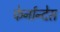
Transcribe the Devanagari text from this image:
फेर्नान्देस